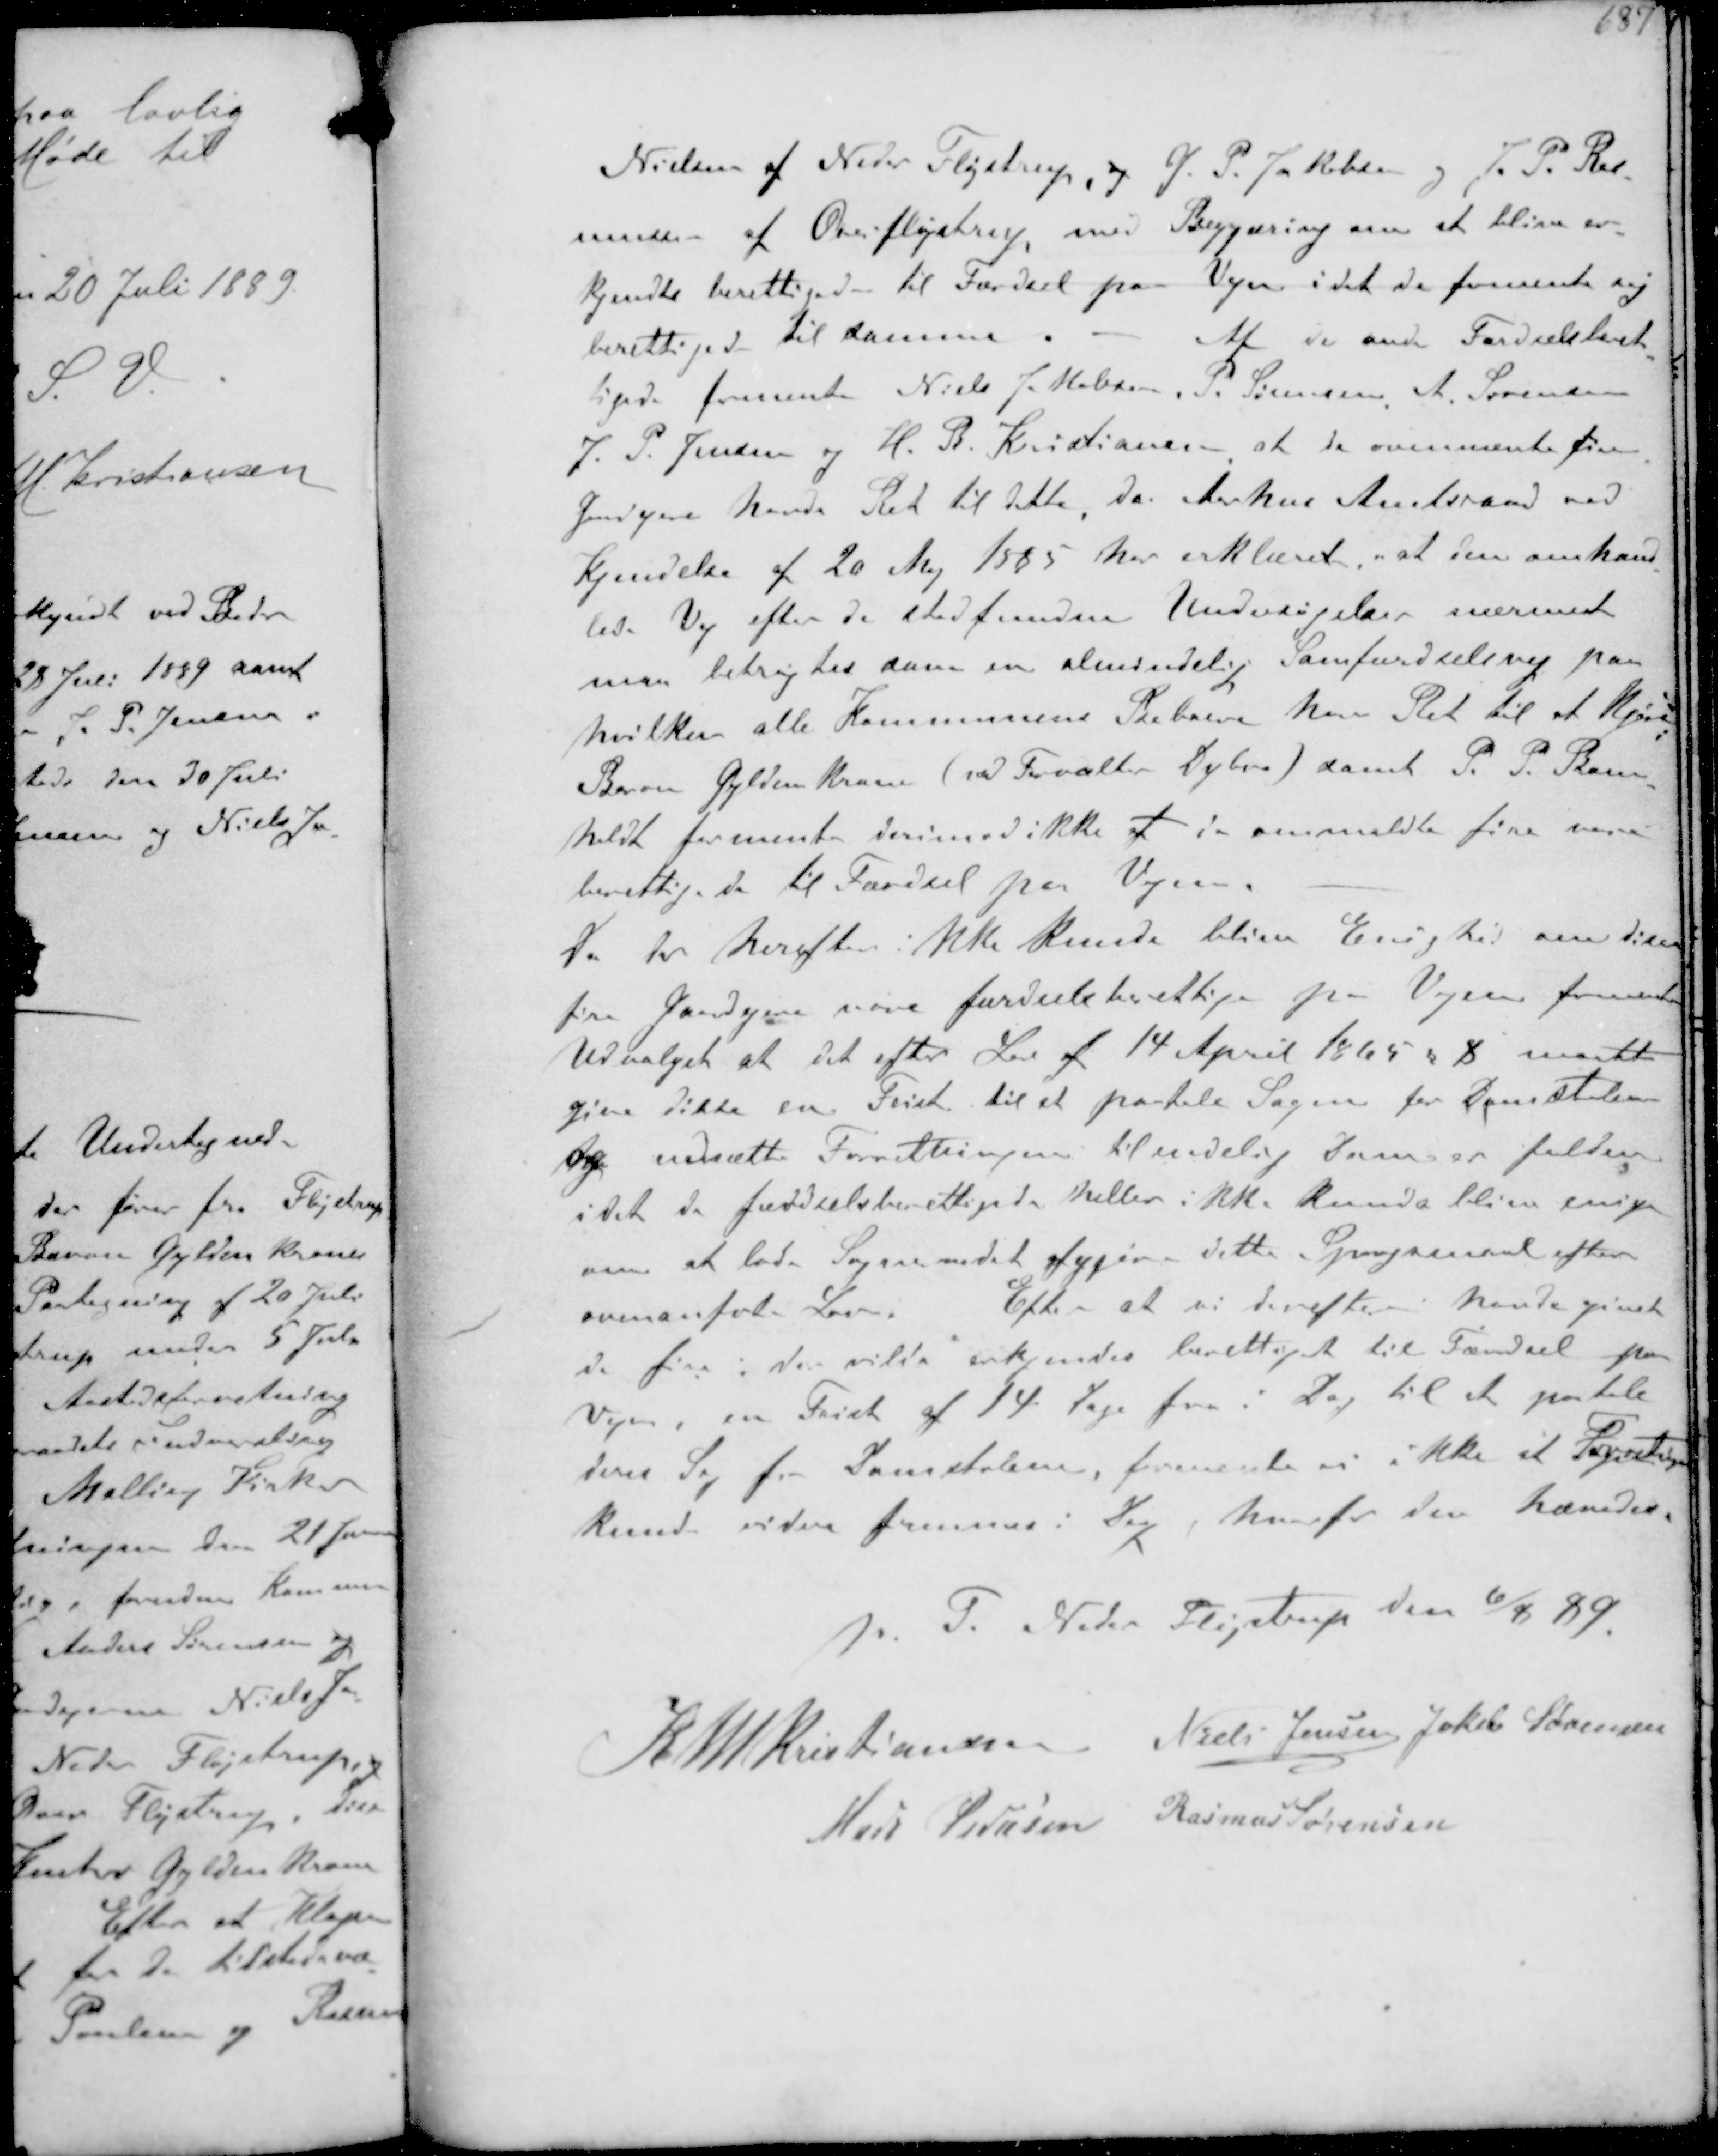
Transskription:
Nielsen af Neder Fløjstrup og J. P. Jakobsen og J. P.Ras-
mussen af Over Fløjstrup med Begjæring om at blive er-
kjendte berettigede til Færdsel paa Vejen idet de formente sig
berettiget til samme. - Af de ande Færdselsberet-
tigede formente Niels J. Madsen P Sørensen A. Sørensen
J.P. Jensen og H. B. Kristiansen at de ovennævne fire
Gaardejere havde Ret til dette da Aarhus Amtsraad ved
kendelse af 20 Maj 1885 har erklæret at den omhand-
lede Vej efter de stedfundne Undersøgelse nærmest
maa betragtes som en almindelig Samfærdselsvej paa
hvilken alle Kommunens Beboere har Ret til at kjøre
Baron Gyldebkrone(ved Forvalter Sabro samt P. P. Bom-  
holdt formente derimod ikke at de ommeldte fire vare
berettigede til Færdsel paa Vejen
Da der herefter ikke kunde blive Enighed om disse
fire Gaardejere vare færdselsberettige paa Vejen formente
Udvalget at det efter Lov af 14 April 1865 § 8 maatte
give disse en Frist til at paatale Sagen for Domstolene
og udsætte Forretningen til endelig Dom er falden
idet de færdselsberettigede heller ikke kunde blive enige
om at lade Sogneraadet afgjøre dette Spørgsmaal efter
ovenanførte Lov. Efter at vi derefter havde givet
de fire der vilde erkjendes berettiget til Fændsel paa
Vejen en Frist af 14 Dage fra i Dag til at paatale
deres Sag for Domstolene, formente vi ikke at Forretningen
kunde videre fremmes i Dag, hvorfor den hævedes

p. T. Neder Fløjstrup Den 6/8 89

K N M Kristiansen Niels Jensen Jakob Sørensen
Mads Pedersen Rasmus Sørensen